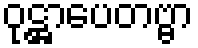
ဝုဋ္ဌာပေတဗ္ဗာ